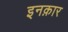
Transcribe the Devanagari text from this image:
इनक़ार